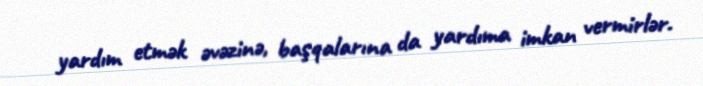
yardım etmək əvəzinə, başqalarına da yardıma imkan vermirlər.